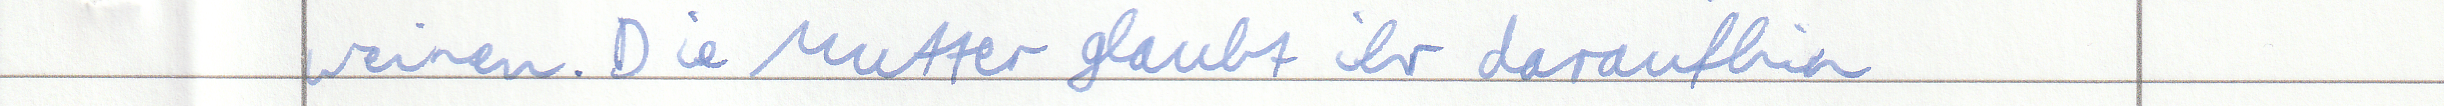
weinen. Die Mutter glaubt ihr daraufhin